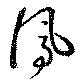
鳳